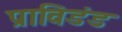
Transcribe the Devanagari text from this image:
प्राविडंड